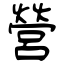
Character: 營